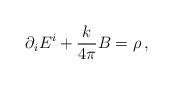
LaTeX: \begin{align*}\partial_i E^i +\frac{k}{4\pi}B = \rho\, ,\end{align*}